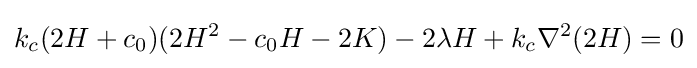
k_{c}(2H+c_{0})(2H^{2}-c_{0}H-2K)-2\lambda H+k_{c}\nabla ^{2}(2H)=0